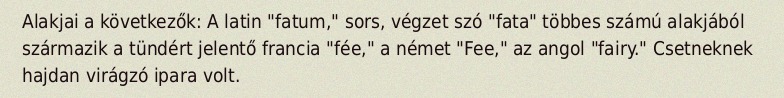
Alakjai a következők: A latin "fatum," sors, végzet szó "fata" többes számú alakjából származik a tündért jelentő francia "fée," a német "Fee," az angol "fairy." Csetneknek hajdan virágzó ipara volt.